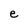
Character: e